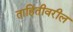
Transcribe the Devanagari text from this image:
ताहितीवरील